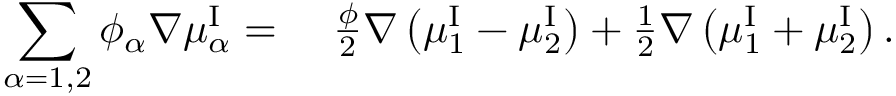
\begin{array} { r l } { \displaystyle \sum _ { \alpha = 1 , 2 } \phi _ { \alpha } \nabla \mu _ { \alpha } ^ { \mathrm { I } } = } & { ~ \frac { \phi } { 2 } \nabla \left( \mu _ { 1 } ^ { \mathrm { I } } - \mu _ { 2 } ^ { \mathrm { I } } \right) + \frac { 1 } { 2 } \nabla \left( \mu _ { 1 } ^ { \mathrm { I } } + \mu _ { 2 } ^ { \mathrm { I } } \right) . } \end{array}